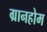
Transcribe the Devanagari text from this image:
ग्रानहोम